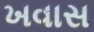
ખવાસ